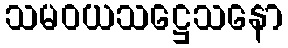
သမဝယသဋ္ဌေသနော